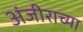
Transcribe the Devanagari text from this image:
अंजीराच्या